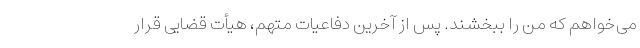
می‌خواهم که من را ببخشند. پس از آخرین دفاعیات متهم، هیأت قضایی قرار